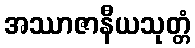
အဿာဇာနီယသုတ္တံ